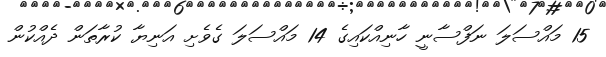
15 މައްސަލަ ނަފްސާނީ ހާނިއްކައިގެ 14 މައްސަލަ ގެވެށި އަނިޔާ ކުރާތަން ދެއްކުން